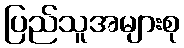
ပြည်သူအများစု